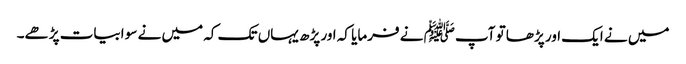
میں نے ایک اور پڑھا تو آپﷺ نے فرمایا کہ اور پڑھ یہاں تک کہ میں نے سو ابیات پڑھے۔